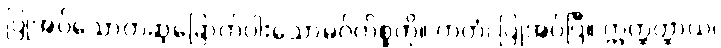
ပြုအပ်သောတဆဲ့ခြောက်ပါးသောမဂ်ကိစ္စကို။ ကတံ၊ ပြုအပ်ပြီ။ ဣတ္ထတ္ထာယ၊